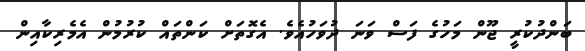
ބަންދުކުރީ ޖޫން މަހުގެ ފަސް ވަނަ ދުވަހުއެވެ. އެގޮތަށް ކަންތައް ކުރުމުން އެމެރިކާއިން